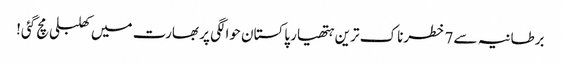
برطانیہ سے 7 خطرناک ترین ہتھیار پاکستان حوالگی پر بھارت میں کھلبلی مچ گئی!